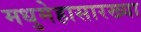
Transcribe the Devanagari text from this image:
मधुमेहासारख्या